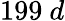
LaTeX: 199\ d